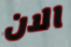
الان